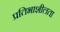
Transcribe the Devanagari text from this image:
प्रतिभाशीलता